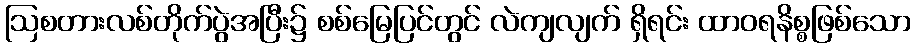
ဩစတားလစ်တိုက်ပွဲအပြီး၌ စစ်မြေပြင်တွင် လဲကျလျက် ရှိရင်း ထာဝရနိစ္စဖြစ်သော